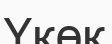
Үкөк